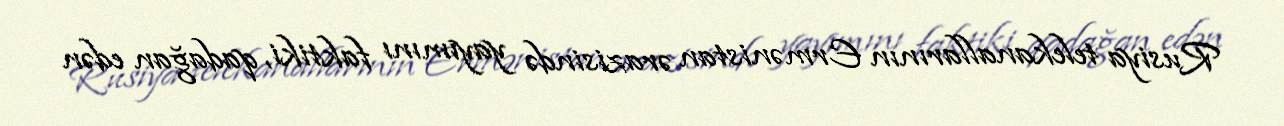
Rusiya telekanallarının Ermənistan ərazisində yayımını faktiki, qadağan edən